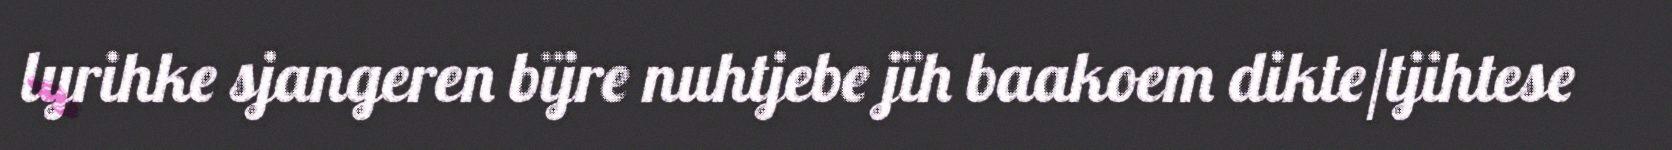
lyrihke sjangeren bïjre nuhtjebe jïh baakoem dikte/tjihtese